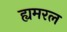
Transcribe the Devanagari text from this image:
ह्यमरल